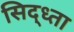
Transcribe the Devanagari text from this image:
सिद्ध्ता